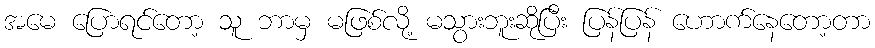
အမေ ပြောရင်တော့ သူ ဘာမှ မဖြစ်လို့ မသွားဘူးဆိုပြီး ပြန်ပြန် ဟောက်နေတော့တာ